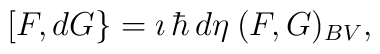
[F,dG\}= \imath\,\hbar\,d\eta\:(F,G)_{BV},